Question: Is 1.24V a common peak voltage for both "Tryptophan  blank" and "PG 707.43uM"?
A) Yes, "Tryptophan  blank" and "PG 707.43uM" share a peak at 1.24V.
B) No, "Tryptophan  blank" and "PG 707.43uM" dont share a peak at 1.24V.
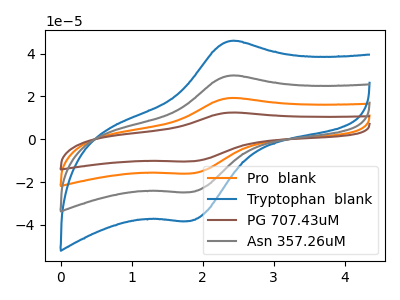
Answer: <think>The orange curve "Pro  blank" has an anodic peak at (2.40V, 59.40uA) and a cathodic peak at (1.80V, -49.40uA). The blue curve "Tryptophan  blank" has an anodic peak at (2.40V, 45.85uA) and a cathodic peak at (1.80V, -38.15uA). The brown curve "PG 707.43uM" has an anodic peak at (2.40V, 89.10uA) and a cathodic peak at (1.80V, -74.10uA). The gray curve "Asn 357.26uM" has an anodic peak at (2.40V, 29.70uA) and a cathodic peak at (1.80V, -24.70uA).</think>
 <answer>B) No, "Tryptophan  blank" and "PG 707.43uM" dont share a peak at 1.24V.</answer>
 <eval>B</eval>